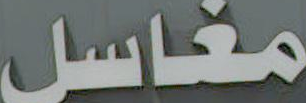
مغاسل